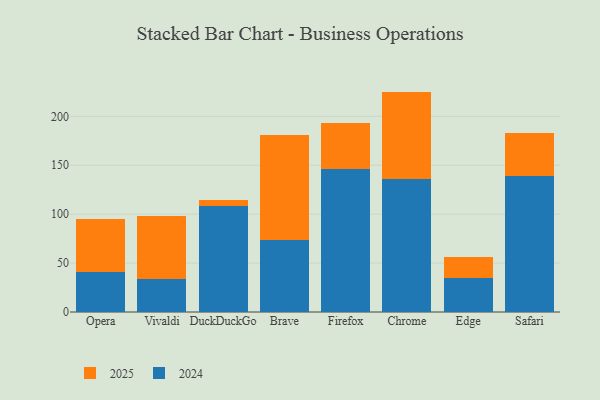
{"axis": {"x": "Browser", "y": "Churn Rate (%)"}, "legend": ["2024", "2025"], "data": [{"x": "Opera", "y": 40.5, "type": "2024"}, {"x": "Opera", "y": 54.6, "type": "2025"}, {"x": "Vivaldi", "y": 33.5, "type": "2024"}, {"x": "Vivaldi", "y": 64.6, "type": "2025"}, {"x": "DuckDuckGo", "y": 108.1, "type": "2024"}, {"x": "DuckDuckGo", "y": 6.8, "type": "2025"}, {"x": "Brave", "y": 73.1, "type": "2024"}, {"x": "Brave", "y": 107.4, "type": "2025"}, {"x": "Firefox", "y": 146.6, "type": "2024"}, {"x": "Firefox", "y": 46.5, "type": "2025"}, {"x": "Chrome", "y": 135.7, "type": "2024"}, {"x": "Chrome", "y": 89.6, "type": "2025"}, {"x": "Edge", "y": 34.4, "type": "2024"}, {"x": "Edge", "y": 22.0, "type": "2025"}, {"x": "Safari", "y": 138.9, "type": "2024"}, {"x": "Safari", "y": 44.3, "type": "2025"}]}